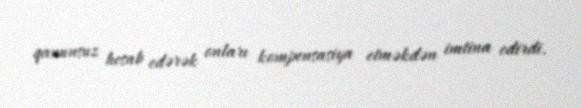
qanunsuz hesab edərək onları kompensasiya etməkdən imtina edirdi.